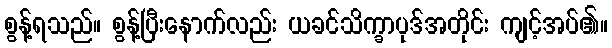
စွန့်ရသည်။ စွန့်ပြီးနောက်လည်း ယခင်သိက္ခာပုဒ်အတိုင်း ကျင့်အပ်၏။